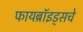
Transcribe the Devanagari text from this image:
फायब्रॉइड्सचे